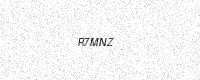
Text: R7MNZ